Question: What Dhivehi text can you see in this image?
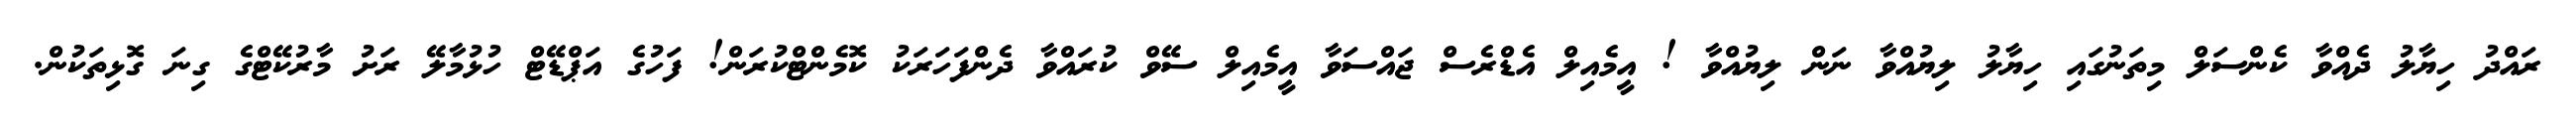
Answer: ރައްދު ހިޔާލު ދެއްވާ ކެންސަލް މިތަނުގައި ހިޔާލު ލިޔުއްވާ ނަން ލިޔުއްވާ ! އީމެއިލް އެޑްރެސް ޖައްސަވާ އީމެއިލް ސޭވް ކުރައްވާ ދެންފަހަރަކު ކޮމެންޓްކުރަން! ފަހުގެ އަޕްޑޭޓް ހުޅުމާލޭ ރަށު މާރުކޭޓްގެ ގިނަ ގޮޅިތަކުން.